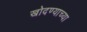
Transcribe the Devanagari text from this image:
खोदण्याच्या